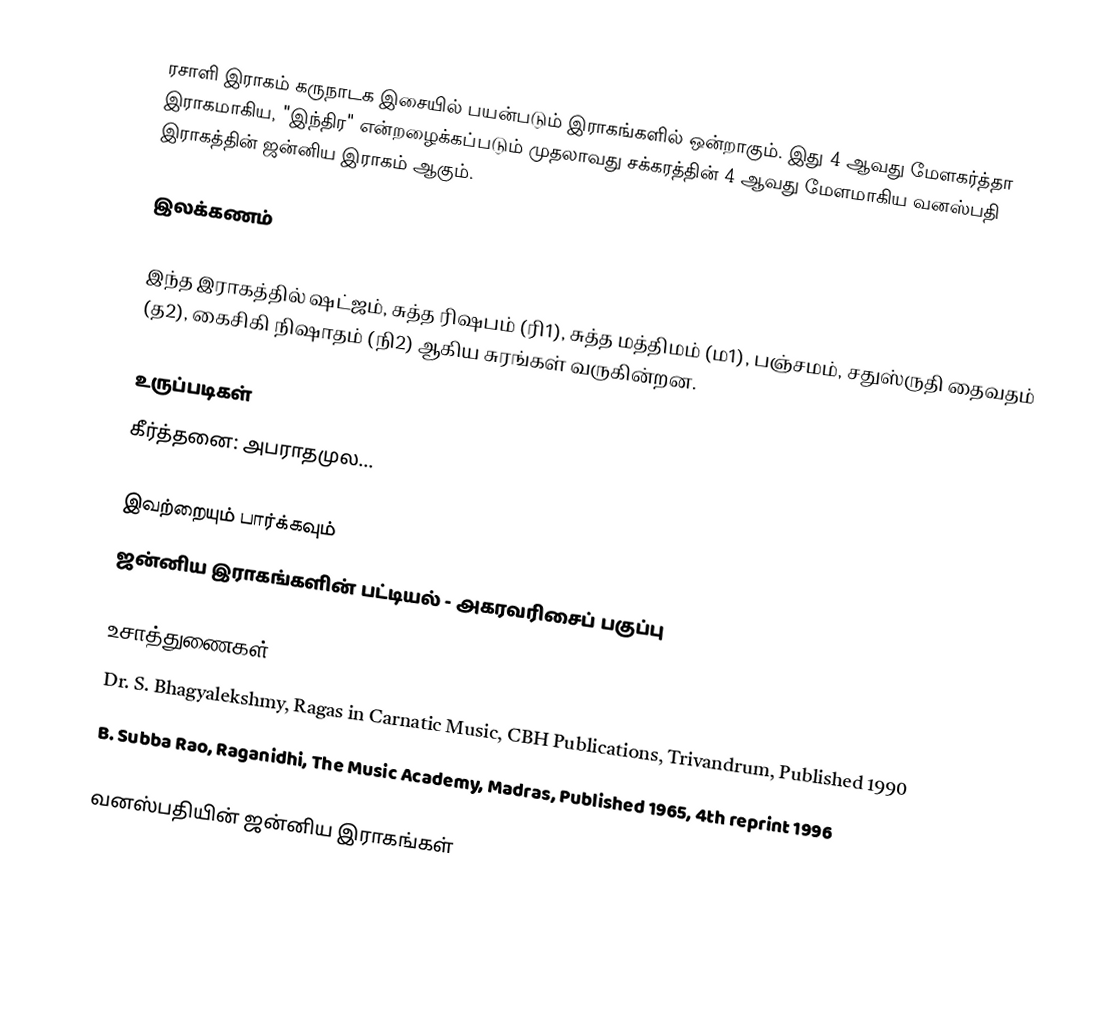
ரசாளி இராகம் கருநாடக இசையில் பயன்படும் இராகங்களில் ஒன்றாகும். இது 4 ஆவது மேளகர்த்தா இராகமாகிய, "இந்திர" என்றழைக்கப்படும் முதலாவது சக்கரத்தின் 4 ஆவது மேளமாகிய வனஸ்பதி இராகத்தின் ஜன்னிய இராகம் ஆகும்.

இலக்கணம்

இந்த இராகத்தில் ஷட்ஜம், சுத்த ரிஷபம் (ரி1), சுத்த மத்திமம் (ம1), பஞ்சமம், சதுஸ்ருதி தைவதம் (த2), கைசிகி நிஷாதம் (நி2) ஆகிய சுரங்கள் வருகின்றன.

உருப்படிகள்
 கீர்த்தனை: அபராதமுல...

இவற்றையும் பார்க்கவும்
 ஜன்னிய இராகங்களின் பட்டியல் - அகரவரிசைப் பகுப்பு

உசாத்துணைகள்
 Dr. S. Bhagyalekshmy, Ragas in Carnatic Music, CBH Publications, Trivandrum, Published 1990
 B. Subba Rao, Raganidhi, The Music Academy, Madras, Published 1965, 4th reprint 1996

வனஸ்பதியின் ஜன்னிய இராகங்கள்